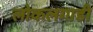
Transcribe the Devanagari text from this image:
लोकलगाडी